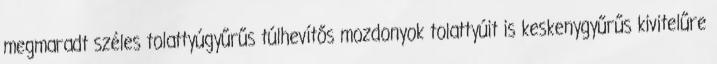
megmaradt széles tolattyúgyűrűs túlhevítős mozdonyok tolattyúit is keskenygyűrűs kivitelűre